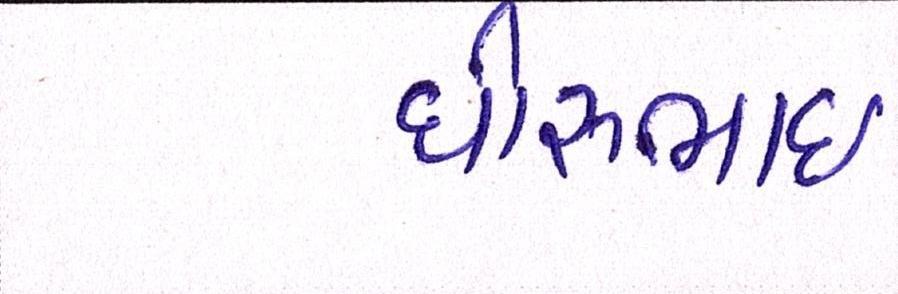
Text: ધીરુભાઇ